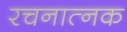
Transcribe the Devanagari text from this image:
रचनात्नक